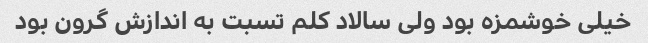
خیلی خوشمزه بود ولی سالاد کلم تسبت به اندازش گرون بود